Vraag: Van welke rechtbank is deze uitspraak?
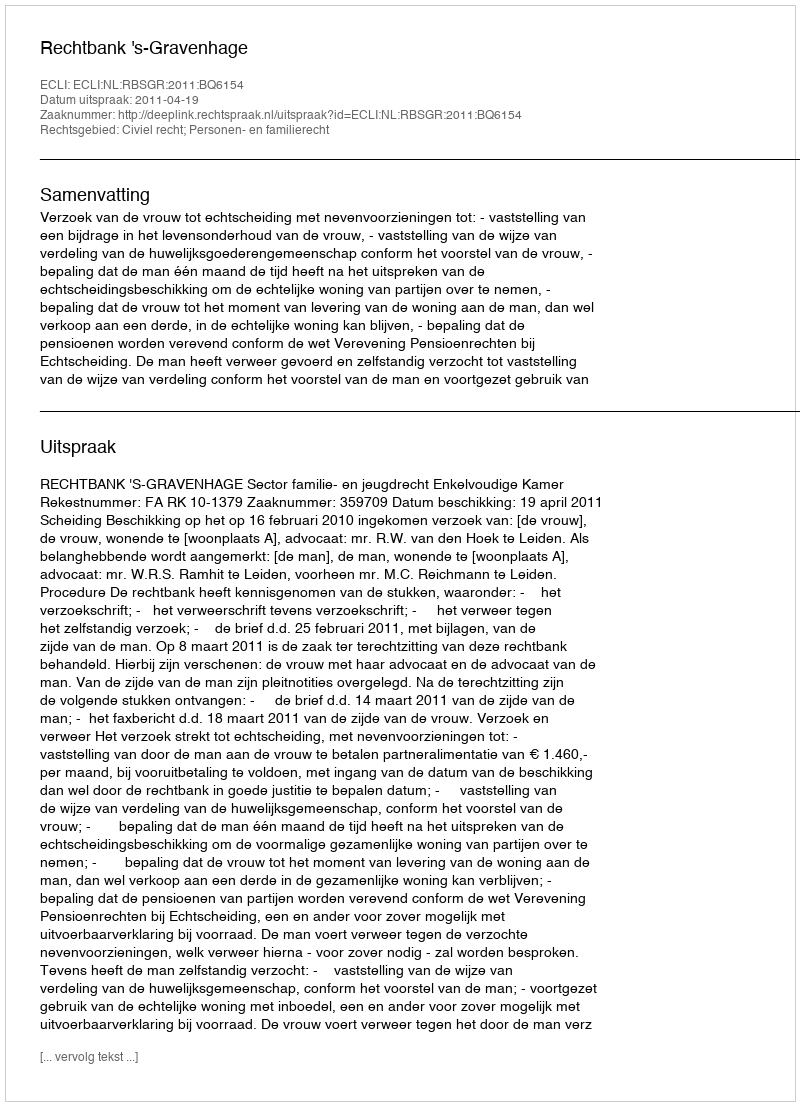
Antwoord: Rechtbank 's-Gravenhage